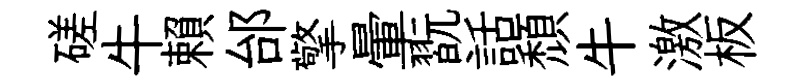
磋牛賴邰擎暈翫話頽牛激板